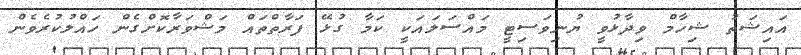
އައިޝަތު ޝިހާމް ވިދާޅުވީ ޔުނިވަސިޓީ މައްސަލައަކީ ކަމާ ގުޅޭ ފަރާތްތައް މަޝްވަރާކޮށްގެން ހައްލުކުރެވެން